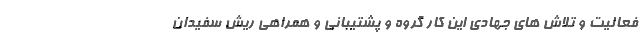
فعالیت و تلاش های جهادی این کار گروه و پشتیبانی و همراهی ریش سفیدان